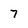
Character: 7